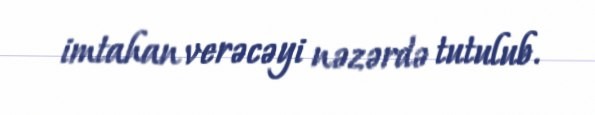
imtahan verəcəyi nəzərdə tutulub.